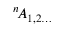
^ n \! { \cal A } _ { 1 , 2 \dots }